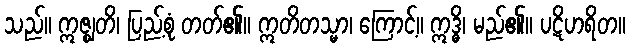
သည်။ ဣဇ္ဈတိ၊ ပြည့်စုံ တတ်၏။ ဣတိတသ္မာ၊ ကြောင့်။ ဣဒ္ဓိ၊ မည်၏။ ပဋိဟရိတ။